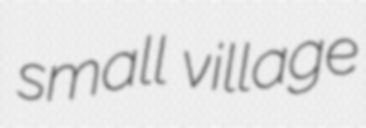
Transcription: small village